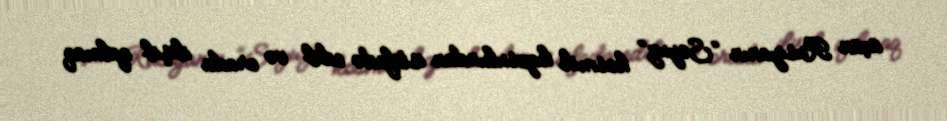
üçün Rusiyanın “Soyuz” kosmik kapsulundan istifadə edib və orada ilişib qalmaq